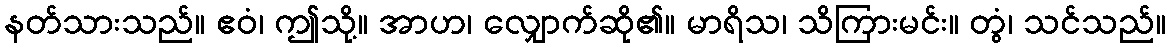
နတ်သားသည်။ ဧဝံ၊ ဤသို့။ အာဟ၊ လျှောက်ဆို၏။ မာရိသ၊ သိကြားမင်း။ တွံ၊ သင်သည်။